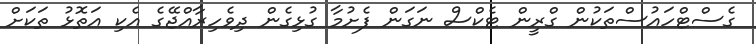
ގެސްޓްހައުސްތަކުން ގްރީން ޓެކްސް ނަގަން ފެށުމާ ގުޅިގެން ދިވެހިރާއްޖޭގެ އެކި އަތޮޅު ތަކަށް